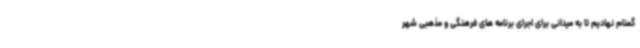
گمنام نهادیم تا به میدانی برای اجرای برنامه های فرهنگی و مذهبی شهر